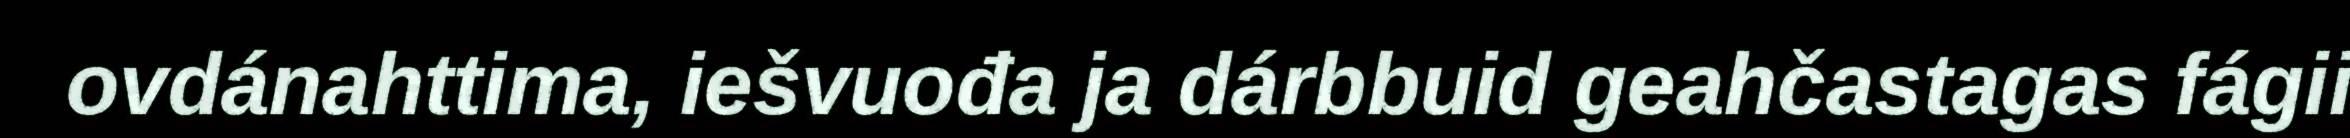
ovdánahttima, iešvuođa ja dárbbuid geahčastagas fágii